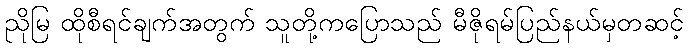
ညိုမြ ထိုစီရင်ချက်အတွက် သူတို့ကပြောသည် မီဇိုရမ်ပြည်နယ်မှတဆင့်